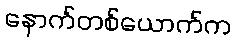
နောက်တစ်ယောက်က